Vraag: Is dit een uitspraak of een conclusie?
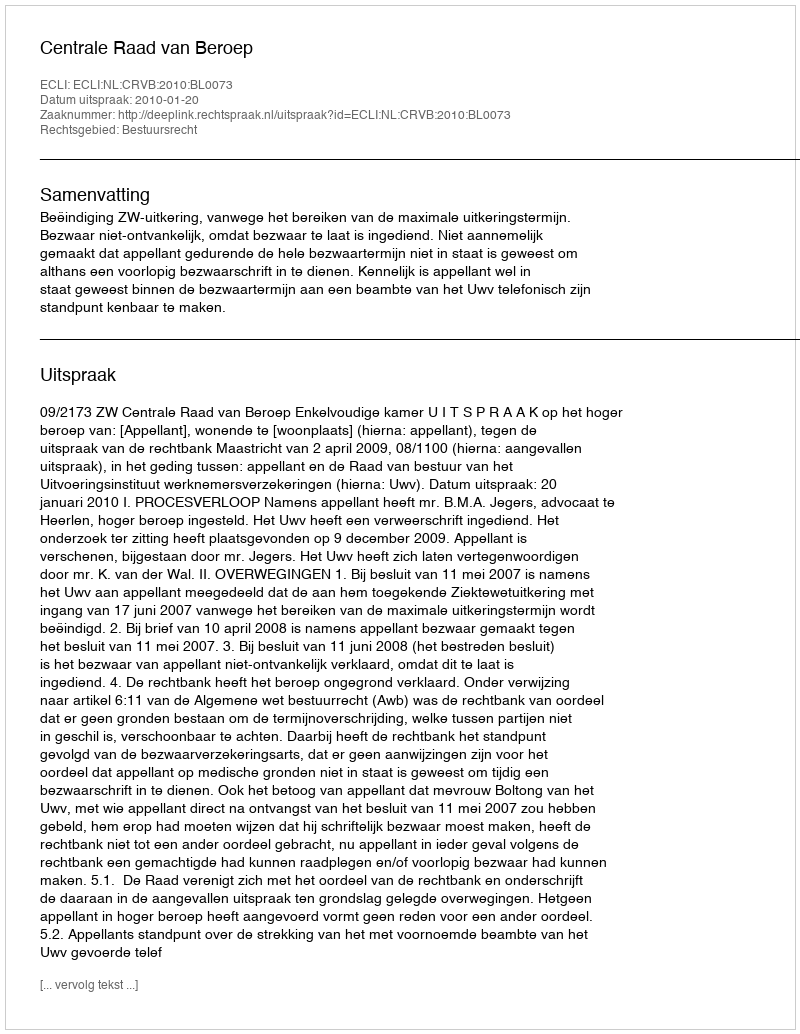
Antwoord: Uitspraak